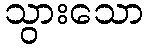
သွားသော